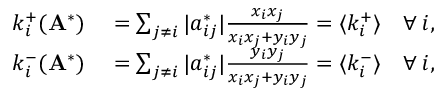
\begin{array} { r l } { k _ { i } ^ { + } ( \mathbf { A } ^ { * } ) } & { { } = \sum _ { j \neq i } | a _ { i j } ^ { * } | \frac { x _ { i } x _ { j } } { x _ { i } x _ { j } + y _ { i } y _ { j } } = \langle k _ { i } ^ { + } \rangle \quad \forall \: i , } \\ { k _ { i } ^ { - } ( \mathbf { A } ^ { * } ) } & { { } = \sum _ { j \neq i } | a _ { i j } ^ { * } | \frac { y _ { i } y _ { j } } { x _ { i } x _ { j } + y _ { i } y _ { j } } = \langle k _ { i } ^ { - } \rangle \quad \forall \: i , } \end{array}